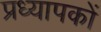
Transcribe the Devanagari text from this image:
प्रध्यापकों